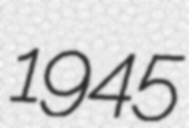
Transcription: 1945